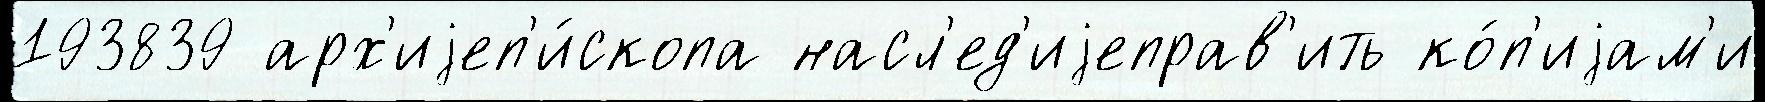
193839 арх'иjеп'и́скопа насл'ед'иjеправ'ить ко́п'иjам'и